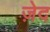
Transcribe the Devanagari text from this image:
ज़ेद